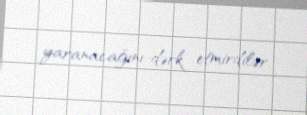
yaranacağını dərk etmirdilər.